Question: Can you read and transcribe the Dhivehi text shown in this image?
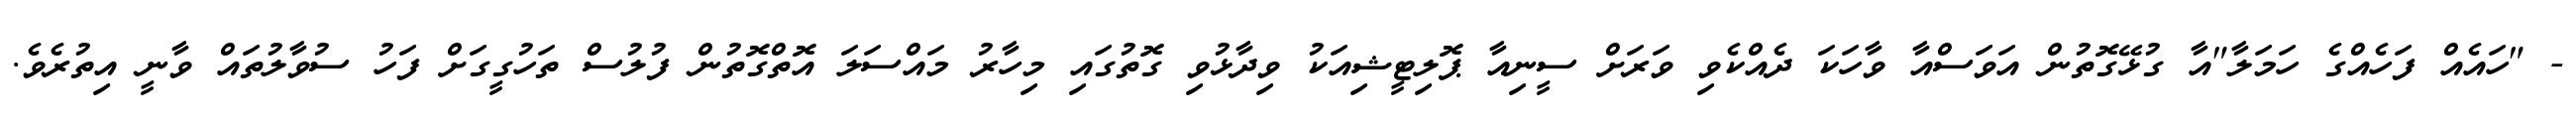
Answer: - "ހައެއް ފަހެއްގެ ހަމަލާ"އާ ގުޅޭގޮތުން އަވަސްއާ ވާހަކަ ދެއްކެވި ވަރަށް ސީނިއާ ޕޮލިޓީޝިއަކު ވިދާޅުވި ގޮތުގައި މިހާރު މައްސަލަ އޮތްގޮތުން ފުލުސް ތަހުގީގަށް ފަހު ސުވާލުތައް ވާނީ އިތުރެވެ.